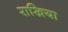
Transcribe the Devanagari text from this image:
राखिया